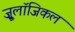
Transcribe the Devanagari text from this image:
ज़ू्लॉजिकल